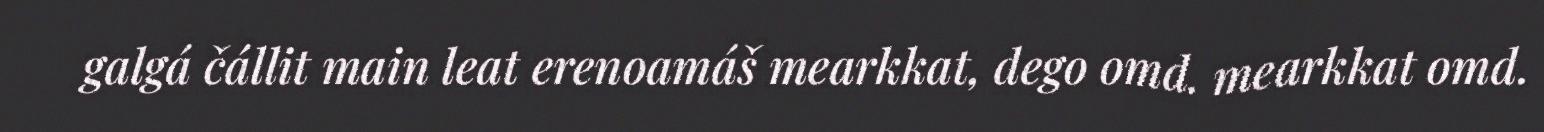
galgá čállit main leat erenoamáš mearkkat, dego omd. mearkkat omd.